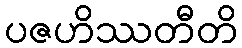
ပဇဟိဿတီတိ